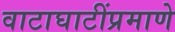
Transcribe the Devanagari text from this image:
वाटाघाटींप्रमाणे